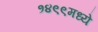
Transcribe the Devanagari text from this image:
१४९९मध्ये